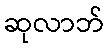
ဆုလာဘ်